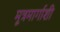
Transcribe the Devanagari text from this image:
मूत्रमार्गाशी